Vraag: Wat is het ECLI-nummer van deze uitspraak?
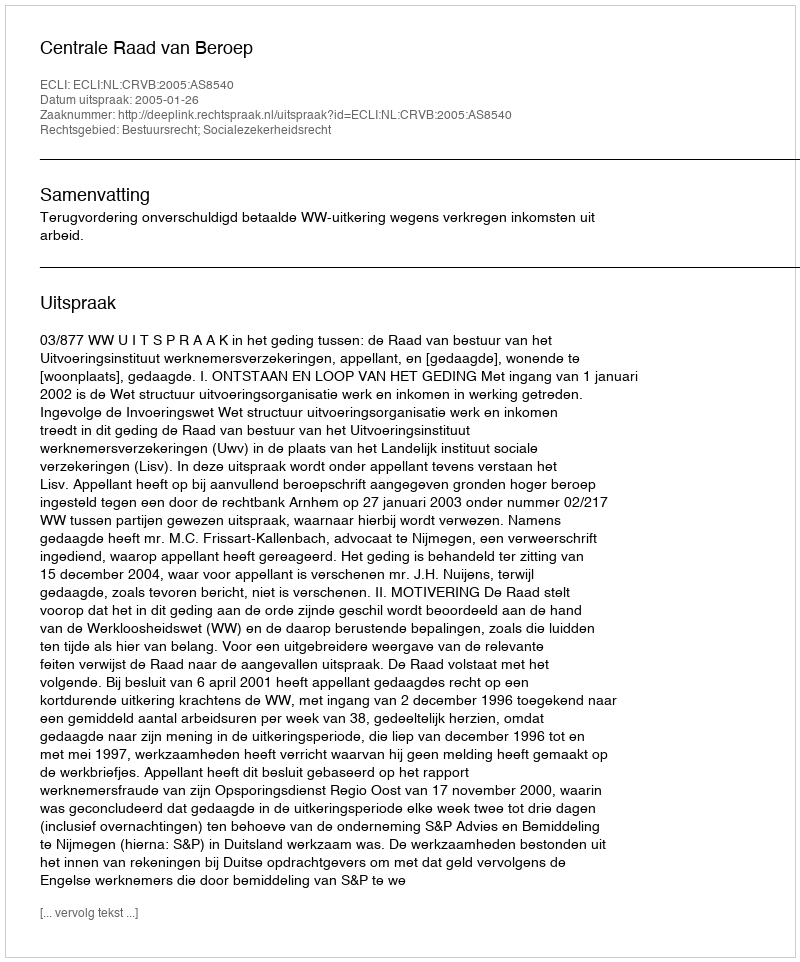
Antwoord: ECLI:NL:CRVB:2005:AS8540